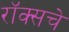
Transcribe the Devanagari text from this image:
रॉक्सचे